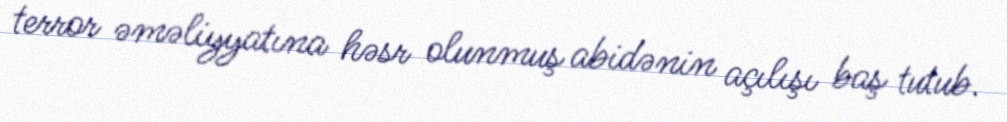
terror əməliyyatına həsr olunmuş abidənin açılışı baş tutub.